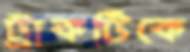
ট্রাকটিকে